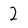
Character: 2